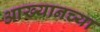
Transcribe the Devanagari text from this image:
आख्यानच्या